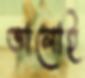
ভালোই